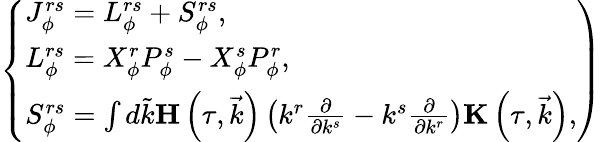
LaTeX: \left\{ \begin{array}{l}{{J_{\phi}^{rs}=L_{\phi}^{rs}+S_{\phi}^{rs},}}\\ {{L_{\phi}^{rs}=X_{\phi}^{r}P_{\phi}^{s}-X_{\phi}^{s}P_{\phi}^{r},}}\\ {{S_{\phi}^{rs}=\int d\tilde{k}{\mathbf H}\left(\tau,\vec{k}\right)\left(k^{r}\frac\partial{\partial k^{s}}-k^{s}\frac\partial{\partial k^{r}}\right){\mathbf K}\left(\tau,\vec{k}\right),}}\end{array}\right)